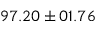
9 7 . 2 0 \pm 0 1 . 7 6